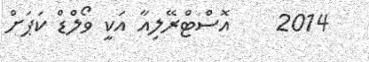
2014    އޮސްޓްރޭލިއާ އަކީ ވޯލްޑް ކަޕަށް